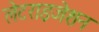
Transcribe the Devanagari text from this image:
लेटराइजेशन